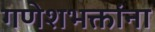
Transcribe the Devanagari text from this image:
गणेशभक्तांना